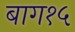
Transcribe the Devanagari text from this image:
बाग१५